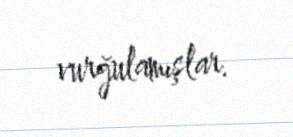
vurğulamışlar.